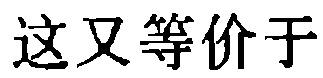
这又等价于